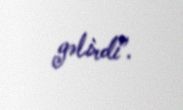
gəlirdi”.